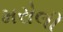
મરોલી